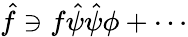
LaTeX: \hat{f}\ni f\hat{\psi}\hat{\psi}\phi+\cdots